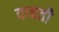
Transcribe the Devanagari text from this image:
वाचती